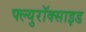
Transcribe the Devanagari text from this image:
फ्ल्युरॉक्साइड